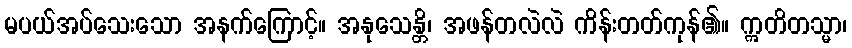
မပယ်အပ်သေးသော အနက်ကြောင့်။ အနုသေန္တိ၊ အဖန်တလဲလဲ ကိန်းတတ်ကုန်၏။ ဣတိတသ္မာ၊